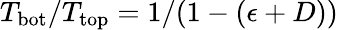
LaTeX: T_{\mathrm{bot}}/T_{\mathrm{top}}=1/(1-(\epsilon+D))